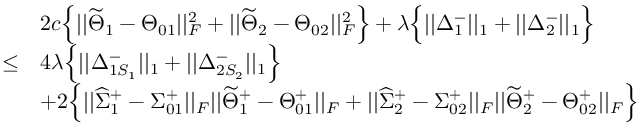
\begin{array} { r l } & { 2 c \Big \{ | | \widetilde { \Theta } _ { 1 } - \Theta _ { 0 1 } | | _ { F } ^ { 2 } + | | \widetilde { \Theta } _ { 2 } - \Theta _ { 0 2 } | | _ { F } ^ { 2 } \Big \} + \lambda \Big \{ | | \Delta _ { 1 } ^ { - } | | _ { 1 } + | | \Delta _ { 2 } ^ { - } | | _ { 1 } \Big \} } \\ { \leq } & { 4 \lambda \Big \{ | | \Delta _ { 1 S _ { 1 } } ^ { - } | | _ { 1 } + | | \Delta _ { 2 S _ { 2 } } ^ { - } | | _ { 1 } \Big \} } \\ & { + 2 \Big \{ | | \widehat { \Sigma } _ { 1 } ^ { + } - \Sigma _ { 0 1 } ^ { + } | | _ { F } | | \widetilde { \Theta } _ { 1 } ^ { + } - \Theta _ { 0 1 } ^ { + } | | _ { F } + | | \widehat { \Sigma } _ { 2 } ^ { + } - \Sigma _ { 0 2 } ^ { + } | | _ { F } | | \widetilde { \Theta } _ { 2 } ^ { + } - \Theta _ { 0 2 } ^ { + } | | _ { F } \Big \} } \end{array}